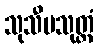
သုသီမသုတ္တံ